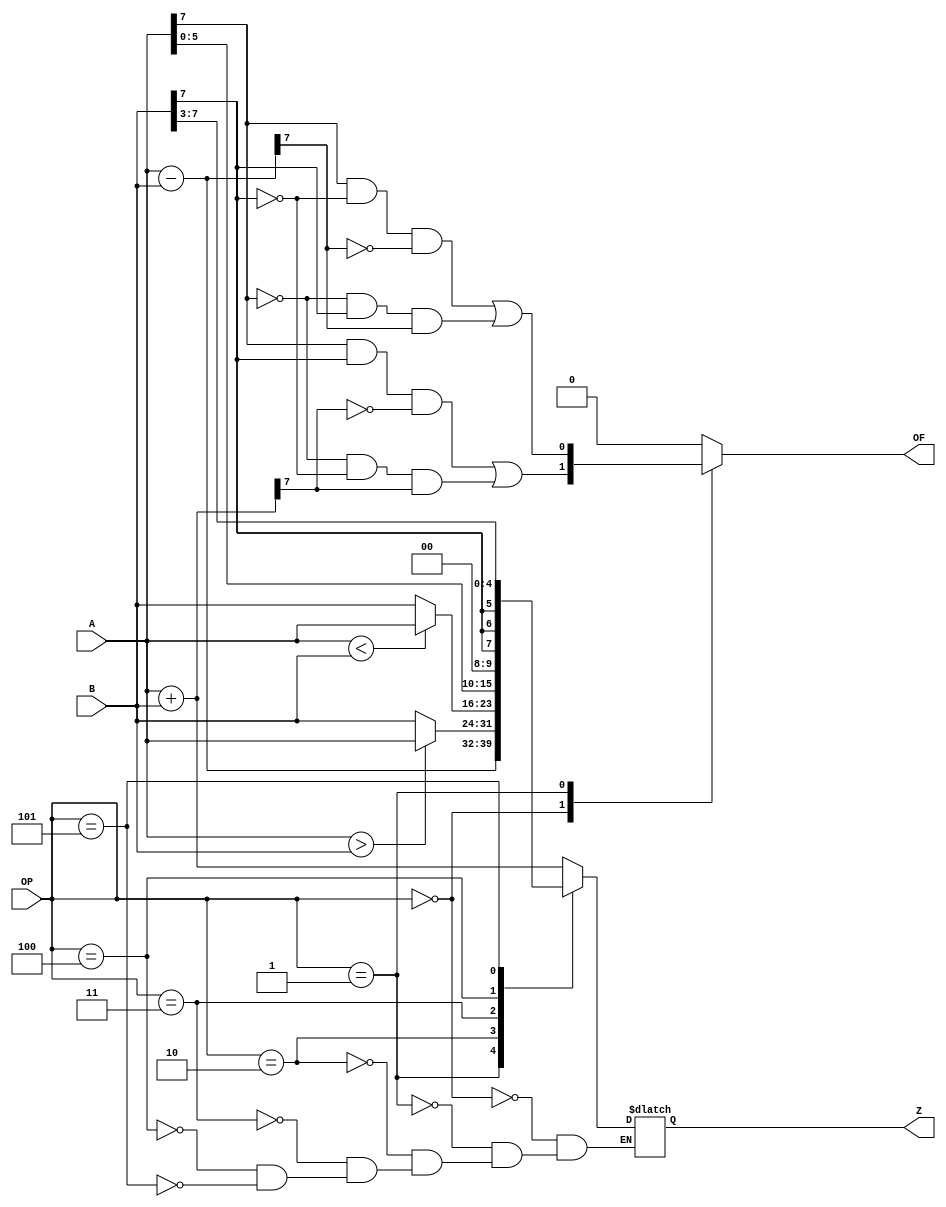
module ALU(A, B, OP, Z, OF);

	input signed [7:0] A, B;
	input [2:0] OP;
	output signed [7:0] Z; 
	output OF;

	reg of;
	reg [7:0] z;


	always@(A or B or OP)
	begin
		of = 0;
		case(OP)
		
		0:  begin
			z = A+B; 
			of = (A[7] && B[7] && ~z[7]) || (~A[7] && ~B[7] && z[7]);
		   end
		   
		1:  begin
			z = A-B; 
			of = (A[7] && ~B[7] && ~z[7]) || (~A[7] && B[7] && z[7]);
		    end
		    
		2:  z = (A>B) ? A : B; 
		3:  z = (A<B) ? A : B; 
		4:  z = A <<< 2; 
		5:  z = B >>> 3; 
		
		endcase
	end
	
	assign OF = of;
	assign Z = z;
endmodule